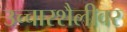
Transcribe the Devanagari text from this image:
उच्चारशैलीवर